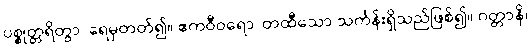
ပစ္စုတ္တရိတွာ၊ ရေမှတတ်၍။ ဧကဝီဝရော၊ တထီသော သင်္ကန်းရှိသည်ဖြစ်၍။ ဂတ္တာနိ၊